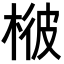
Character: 𣔓